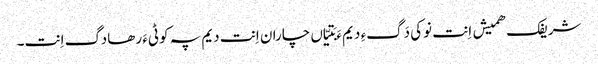
شریفک ھمیش اِنت نوکی دَگءِ دیم ءَ بَتیّاں چاران اِنت دیم پہ کوٹیءَ رھادگ اِنت۔